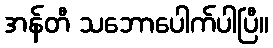
အန်တီ သဘောပေါက်ပါပြီ။